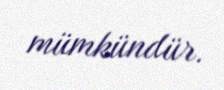
mümkündür.